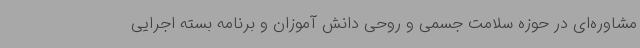
مشاوره‌ای در حوزه سلامت جسمی و روحی دانش آموزان و برنامه بسته اجرایی